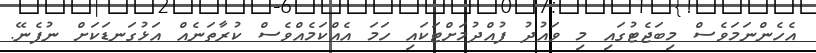
އެހެންނަމަވެސް މިބަޖެޓުގައި މި ވައުދު ފުއްދުމަށްޓަކައި ހަމަ އެއްކަމެއްވެސް ކުރާތަނެއް އަޅުގަނޑަކަށް ނުފެނޭ.